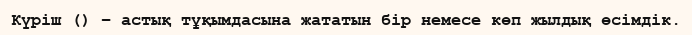
Күріш () – астық тұқымдасына жататын бір немесе көп жылдық өсімдік.